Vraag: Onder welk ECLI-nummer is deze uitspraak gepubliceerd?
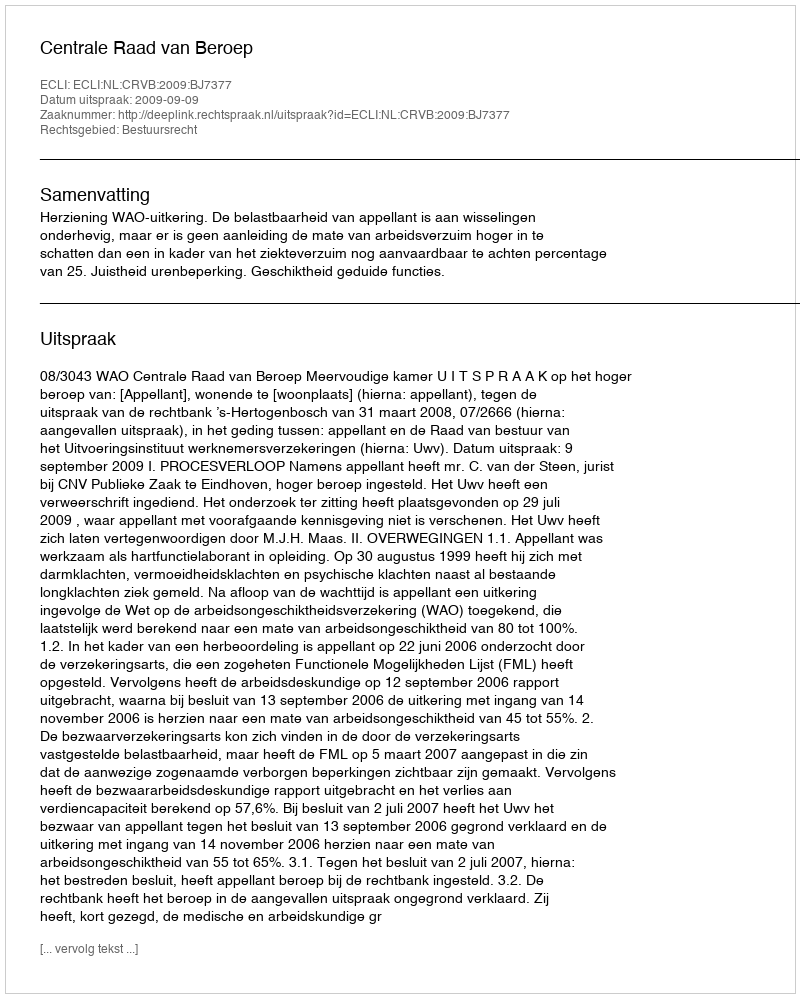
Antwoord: ECLI:NL:CRVB:2009:BJ7377